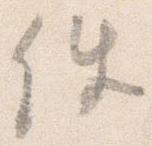
件